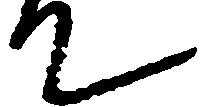
て